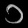
Digit: ၁